Karu_vallavalitsus_Parnumaal, lk 54
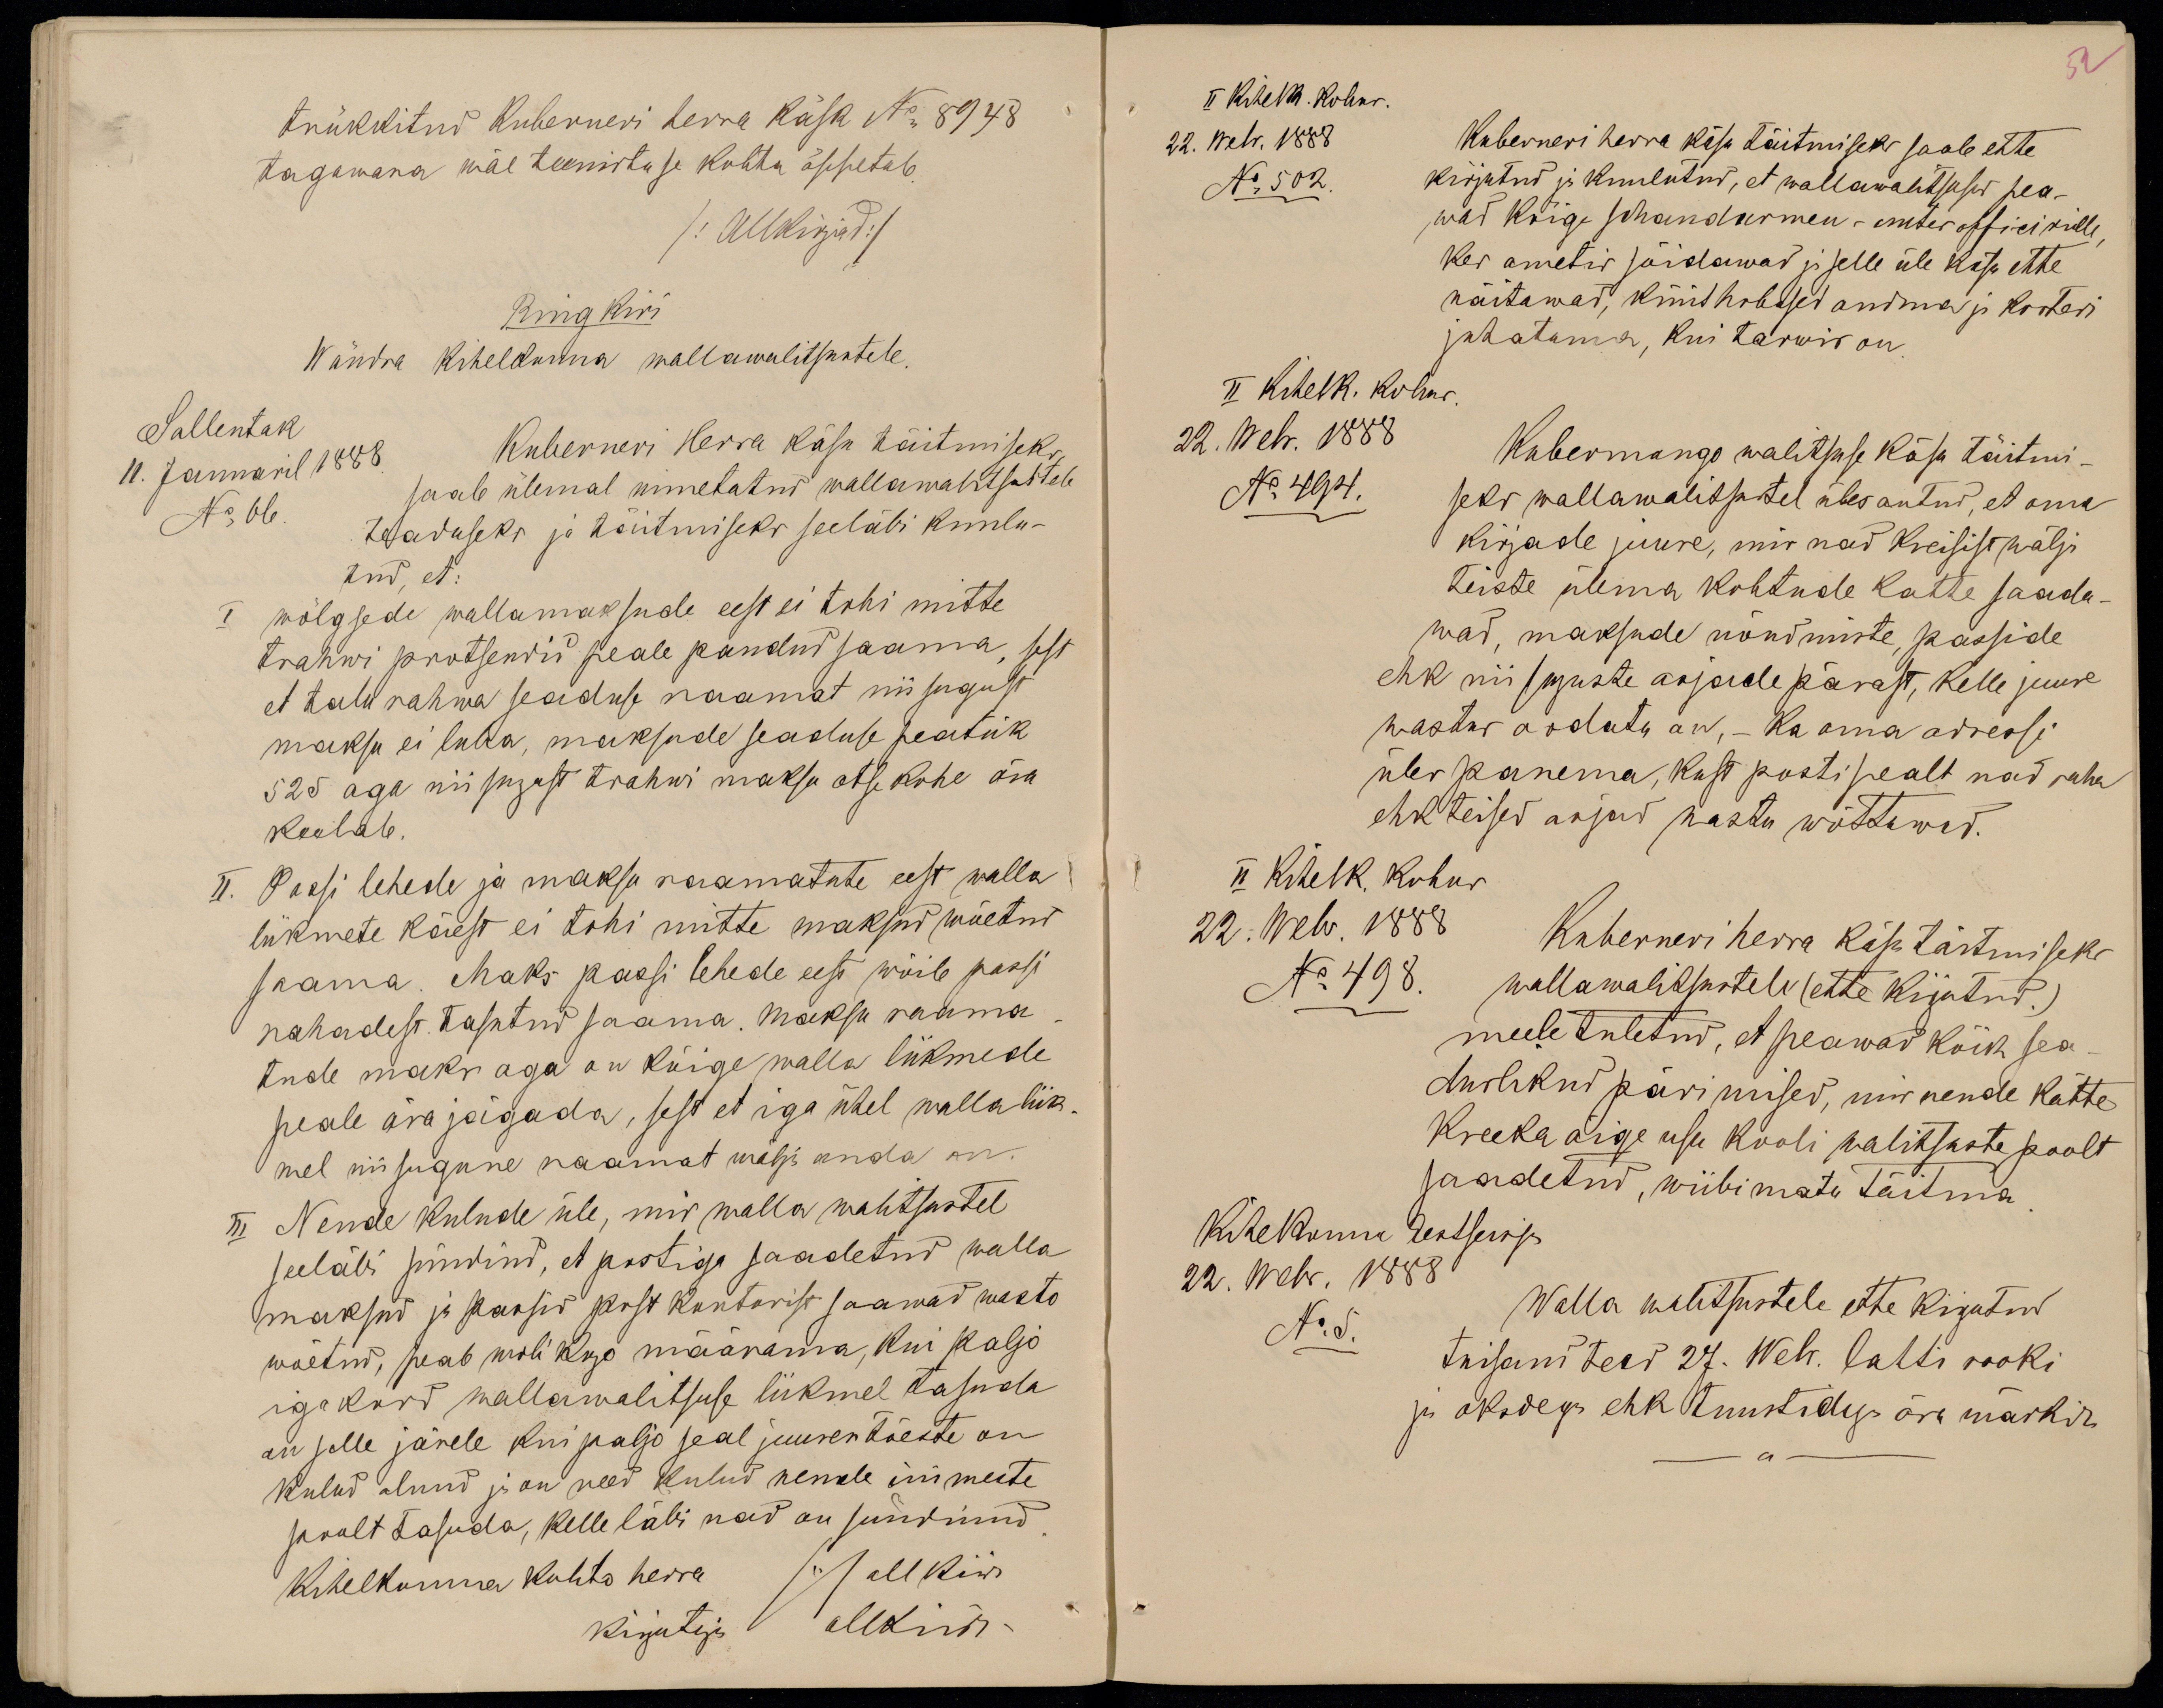
trükkitud Kuberneri herra käsk No 8948
tagawara wäe teenistuse kohta õppetab.
/Allkirjad/
Ring Kiri
Wändra kihelkonna wallawalitsustele.
Sallentak
11. Januaril 1888
No 66
Kuberneri Herra käsu täitmiseks
saab ülemal nimetatud wallawalitsustele
teaduseks ja täitmiseks seeläbi kuulu-
tud, et:
I wõlgsede wallamaksude eest ei tohi mitte
trahwi protsendid peale pandud saama, sest
et talurahwa seaduse raamat niisugust
maksu ei luba, maksude seaduse peatük
525 aga niisugust trahwi maksu otse kohe ära
keelab.
II. Passi lehede ja maksu raamatute eest walla
liikmete käest ei tohi mitte maksud wõetud
saama. Maks passi lehede eest wõib passi
rahadest tasutud saama. Maksu raama-
tude maks aga on kõige walla liikmede
peale ära jägada, sest et iga ühel wallaliik-
mel niisugune raamat wälja anda on.
III Nende kulude üle, mis walla walitsustel
seeläbi sündind, et postiga saadetud walla
maksud ja passid post kontorist saawad wasto
wõetud, peab woli kogo määrama, kui paljo
iga kord wallawalitsuse liikmel tasuda
on selle järele kui paljo seal juures tõeste on
kulud olnud ja on need kulud nende inimeste
poolt tasuda, kelle läbi nad on sündinud.
Kihelkonna kohto herra
allkiri
kirjutaja allkiri

52
II Kihelk. kohus.
22. Webr. 1888
No 502.
Kuberneri herra käsu täitmiseks saab ette
kirjutud ja kuulutud, et wallawalitsused pea-
wad kõige schandarmen - unter officirielle,
kes ametis sõidawad ja selle üle käsu ette
näitawad, küüthobused andma ja korteri
juhatama, kui tarwis on.
II Kihelk. kohtus.
22. Webr. 1888
No 494.
Kubermango walitsuse käsu täitmi-
seks wallawalitsustel üles antud, et oma
kirjade juure, mis nad Kreisist wälja
teiste ülema kohtude katte saada-
wad, maksude nõudmiste, passide
ehk niisuguste asjade pärast, kelle juure
wastus oodata on, - ka oma adressi
üles panema, kust posti pealt nad raha
ehk teised asjad wastu wõttawad.
II Kihelk. kohus
22. Webr. 1888
No 498.
Kuberneri herra käsu täitmiseks
wallawalitsustele (ette kirjutud)
meele tuletud, et peawad kõik sea-
duslikud pärimised, mis nende kätte
Kreeka õige usu kooli walitsuste poolt
saadetud, wiibimata täitma.
Kihekonna Eestseisja
22. Webr. 1888.
No 5.
Walla walitsustele ette kirjutud
tuisand teed 27. Webr. lahti rooki
ja oksdega ehk tuustidega ära märkida